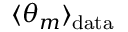
\langle \theta _ { m } \rangle _ { \mathrm { d a t a } }